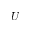
U